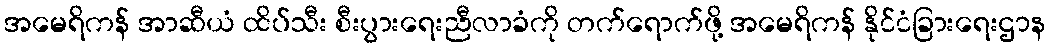
အမေရိကန် အာဆီယံ ထိပ်သီး စီးပွားရေးညီလာခံကို တက်ရောက်ဖို့ အမေရိကန် နိုင်ငံခြားရေးဌာန